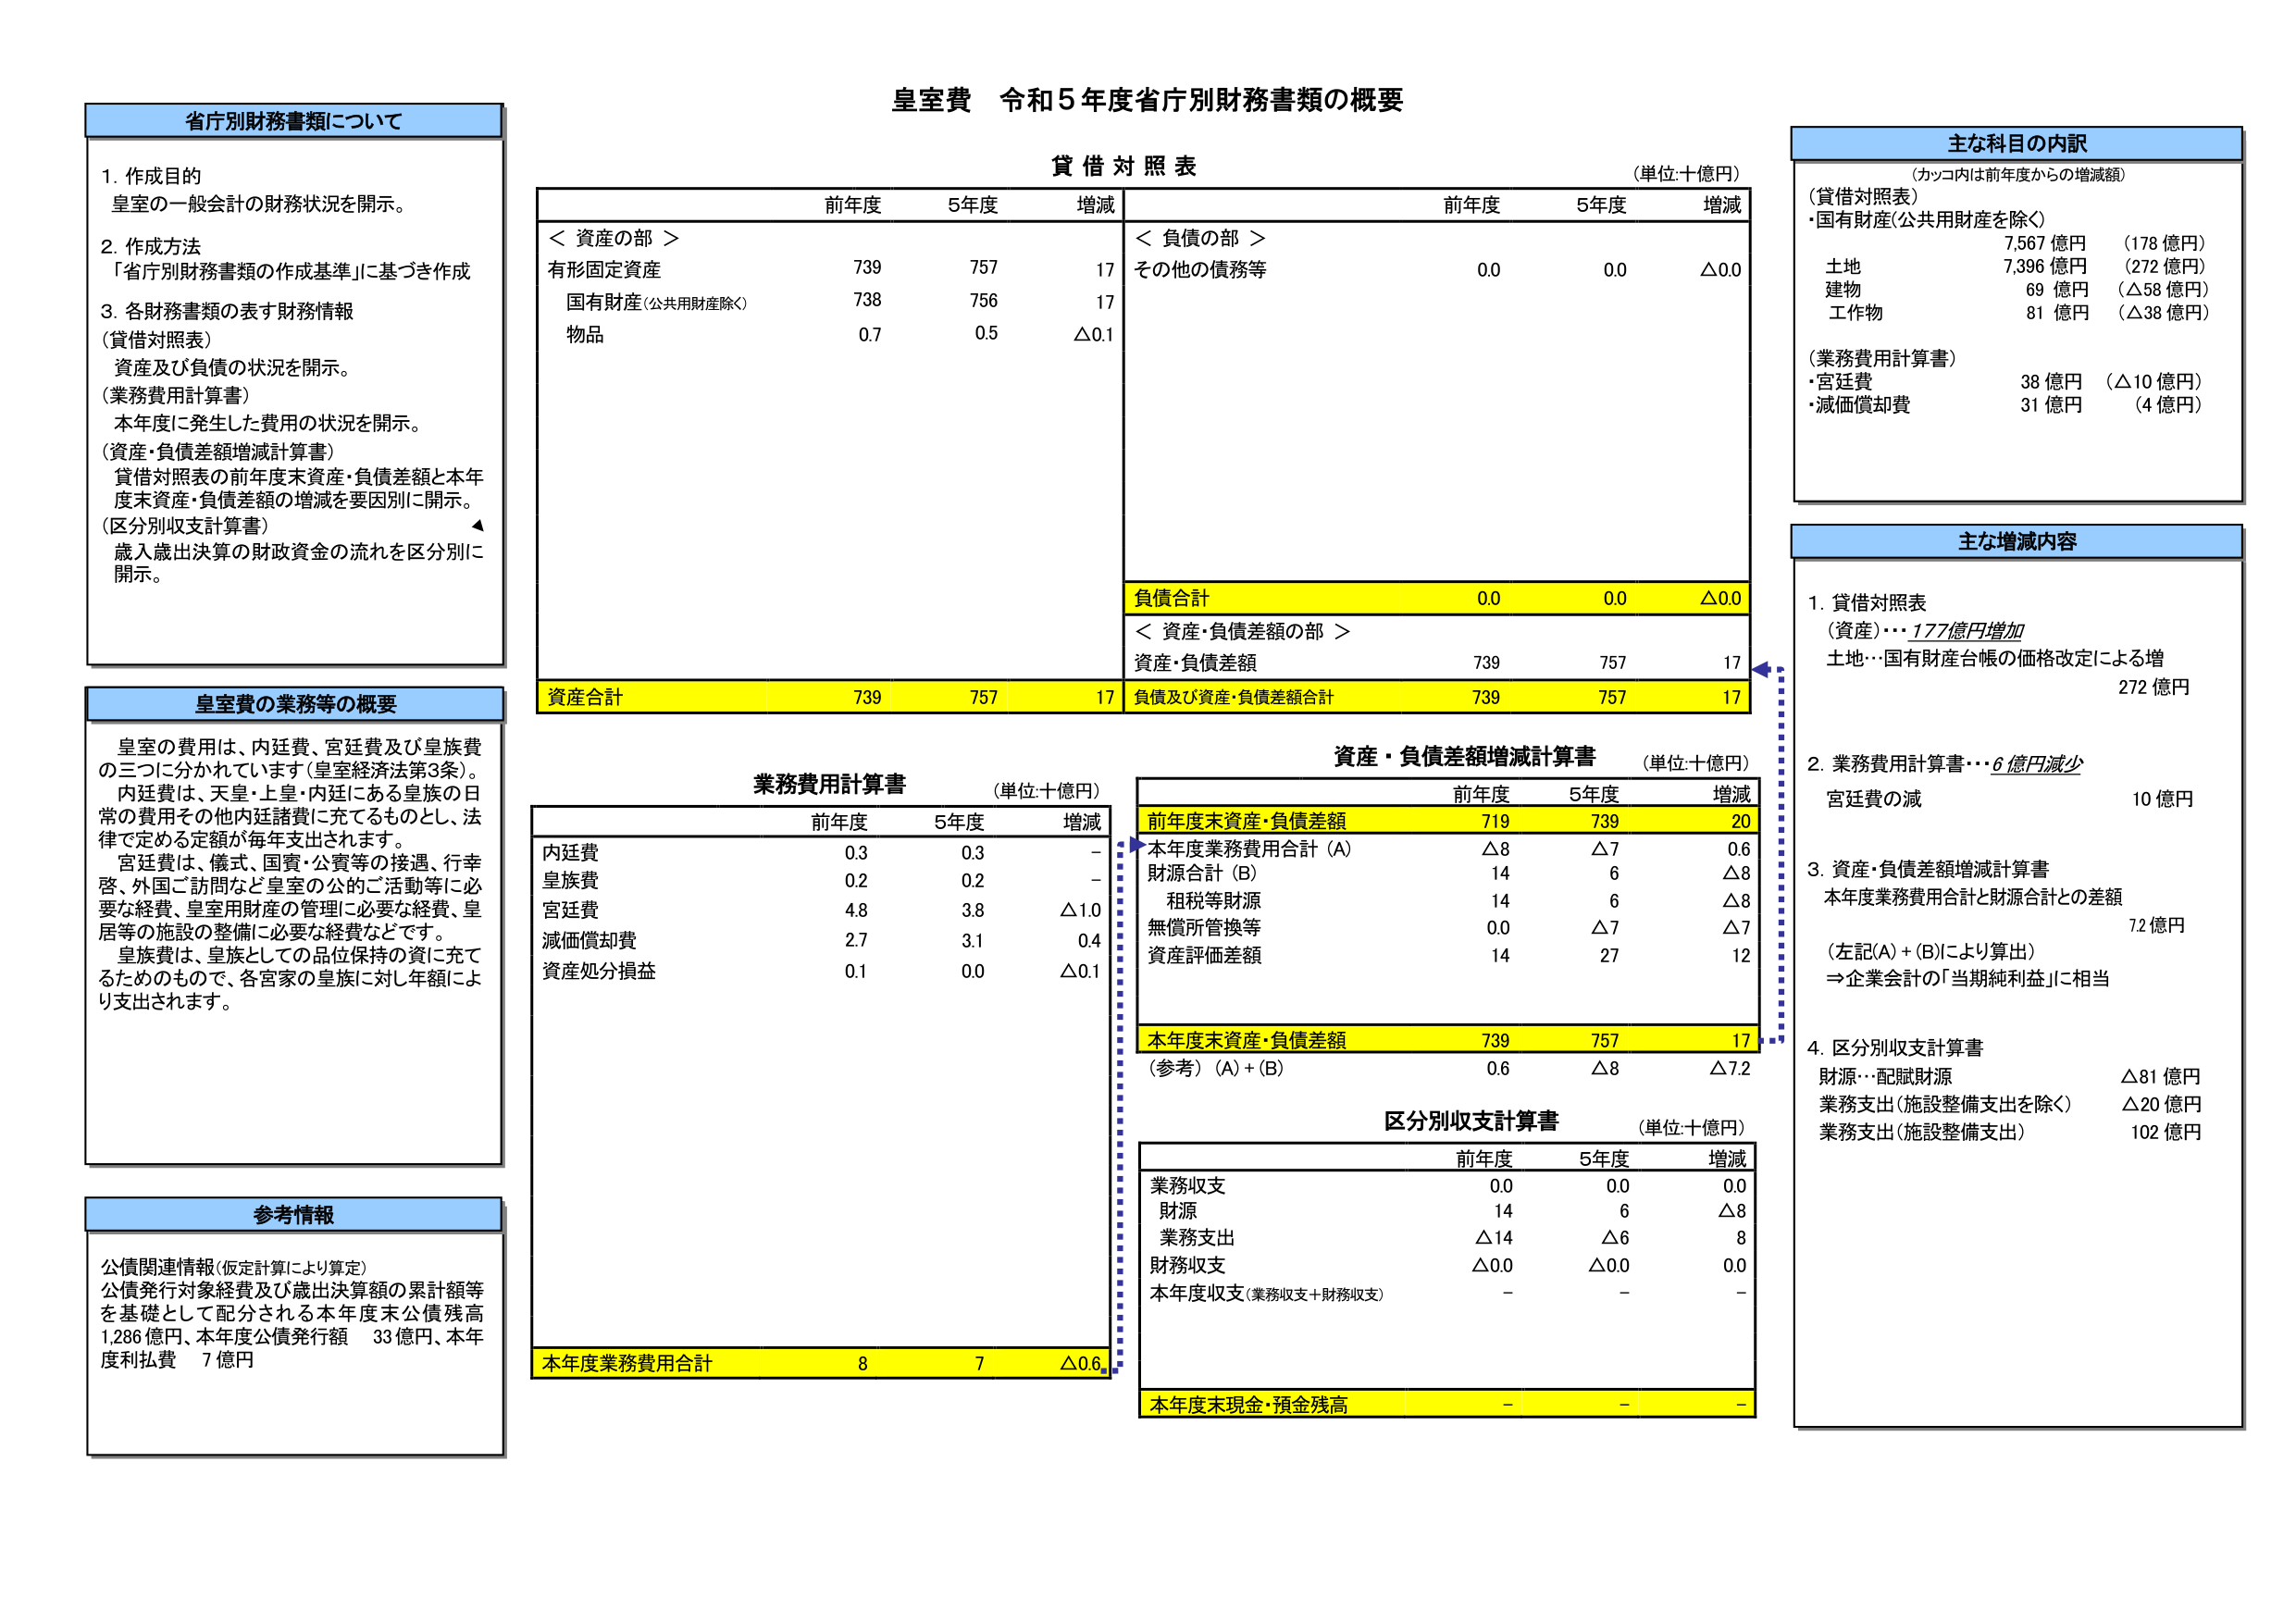
皇室費 令和5年度省庁別財務書類の概要

省庁別財務書類について
1. 作成目的
皇室の一般会計の財務状況を開示。
2. 作成方法
「省庁別財務書類の作成基準」に基づき作成
3. 各財務書類の表す財務情報
（貸借対照表）
資産及び負債の状況を開示。
（業務費用計算書）
本年度に発生した費用の状況を開示。
（資産・負債差額増減計算書）
貸借対照表の前年度末資産・負債差額と本年度末資産・負債差額の増減を要因別に開示。
（区分別収支計算書）
歳入歳出決算の財政資金の流れを区分別に開示。

皇室費の業務等の概要
皇室の費用は、内廷費、宮廷費及び皇族費の三つに分かれています（皇室経済法第3条）。
内廷費は、天皇・上皇・内親王等の皇族の日常の費用その他内廷諸費に充てるものとし、法律で定める定額が毎年支出されます。
宮廷費は、儀式、国賓・公賓等の接遇、行幸啓、外国ご訪問など皇室の公的ご活動等に必要な経費、皇室用財産の管理に必要な経費、皇居等の施設の整備に必要な経費などです。
皇族費は、皇族としての品位保持の資に充てるためのもので、各宮家の皇族に対し年額により支出されます。

参考情報
公債関連情報（仮定計算により算定）
公債発行対象経費及び歳出決算額の累計額等を基礎として配分される本年度末公債残高 1,286億円、本年度公債発行額 33億円、本年度利払費 7億円

貸借対照表
（単位：十億円）
＜資産の部＞
有形固定資産 739 757 17
国有財産（公共用財産除く） 738 756 17
物品 0.7 0.5 △0.1
資産合計 739 757 17

＜負債の部＞
その他の債務等 0.0 0.0 △0.0
負債合計 0.0 0.0 △0.0

＜資産・負債差額の部＞
資産・負債差額 739 757 17
負債及び資産・負債差額合計 739 757 17

業務費用計算書
（単位：十億円）
前年度 5年度 増減
内廷費 0.3 0.3 -
皇族費 0.2 0.2 -
宮廷費 4.8 3.8 △1.0
減価償却費 2.7 3.1 0.4
資産処分損益 0.1 0.0 △0.1
本年度業務費用合計 8 7 △0.6

資産・負債差額増減計算書
（単位：十億円）
前年度 5年度 増減
前年度末資産・負債差額 719 739 20
本年度業務費用合計（A） △8 △7 0.6
財源合計（B） 14 6 △8
租税等財源 14 6 △8
無償所管換等 0.0 △7 △7
資産評価差額 14 27 12
本年度末資産・負債差額 739 757 17
（参考）（A）+（B） 0.6 △8 △7.2

区分別収支計算書
（単位：十億円）
前年度 5年度 増減
業務収支 0.0 0.0 0.0
財源 14 6 △8
業務支出 △14 △6 8
財務収支 △0.0 △0.0 0.0
本年度収支（業務収支＋財務収支） - - -
本年度末現金・預金残高 - - -

主な科目の内訳
（カッコ内は前年度からの増減額）
（貸借対照表）
・国有財産（公共用財産を除く）
7,567 億円 （178 億円）
土地 7,396 億円 （272 億円）
建物 69 億円 （△58 億円）
工作物 81 億円 （△38 億円）
（業務費用計算書）
・宮廷費 38 億円 （△10 億円）
・減価償却費 31 億円 （4 億円）

主な増減内容
1. 貸借対照表
（資産）・・・177億円増加
土地…国有財産台帳の価格改定による増 272 億円
2. 業務費用計算書・・・6億円減少
宮廷費の減 10 億円
3. 資産・負債差額増減計算書
本年度業務費用合計と財源合計との差額 72 億円
（左記（A）+（B）により算出）
⇒企業会計の「当期純利益」に相当
4. 区分別収支計算書
財源…配賦財源 △81 億円
業務支出（施設整備支出を除く） △20 億円
業務支出（施設整備支出） 102 億円